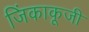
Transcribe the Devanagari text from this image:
जिंकाकूजी